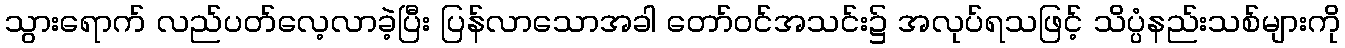
သွားရောက် လည်ပတ်လေ့လာခဲ့ပြီး ပြန်လာသောအခါ တော်ဝင်အသင်း၌ အလုပ်ရသဖြင့် သိပ္ပံနည်းသစ်များကို